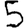
Digit: 5